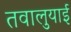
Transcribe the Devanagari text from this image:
तवालुयाई